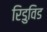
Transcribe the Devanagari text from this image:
रिडुविड